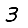
Digit: 3